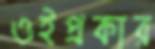
ওইপ্রকার